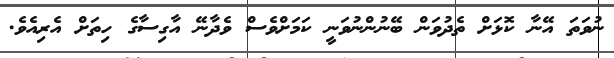
ނުވަތަ އޭނާ ކޮޅަށް ތެދުވަން ބޭނުންނުވަނީ ކަމަށްވެސް ވެދާނޭ އާގިސާގެ ހިތަށް އެރިއެވެ.